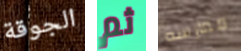
الجوقة ثم ممارسه